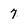
Character: 7